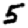
Digit: 5